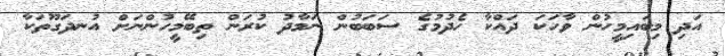
އަދި މިބައިމީހުން ވާހަކަ ދައްކާ ހެދުމުގެ ސަބަބުން ނަމާދު ކުރަން ތިބޭމީހުންނަށް އުނދަގޫތަކާ